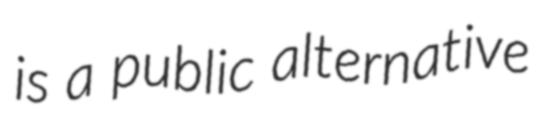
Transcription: is a public alternative